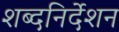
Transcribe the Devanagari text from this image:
शब्दनिर्देशन